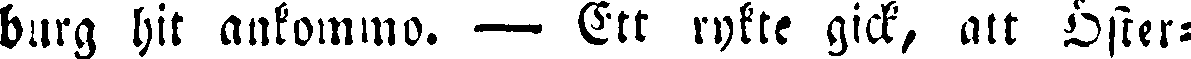
burg hit ankommo. — Ett rykte gick, att Öster-